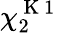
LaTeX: \chi_{2}^{\mathrm{~K~1~}}